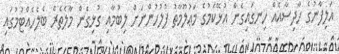
އަލިފާނުގެ ހާދިސާއެއް ހިނގައިގެން އުޅޭކަމުގެ މަޢުލޫމާތު ފުލުހުންނަށް ލިބުމާއި ގުޅިގެން މާލެތެރެ ބެލެހެއްޓުމުގައި